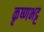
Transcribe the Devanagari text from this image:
कृष्णभट्ट